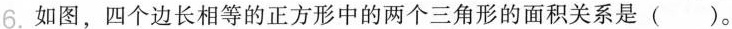
6.如图，四个边长相等的正方形中的两个三角形的面积关系是()。